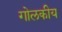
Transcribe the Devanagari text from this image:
गोलकीय